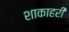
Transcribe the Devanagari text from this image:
शाकाहरी